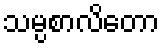
သမ္ပစာလိတော